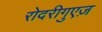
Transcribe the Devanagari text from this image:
रोदरीगुएज़